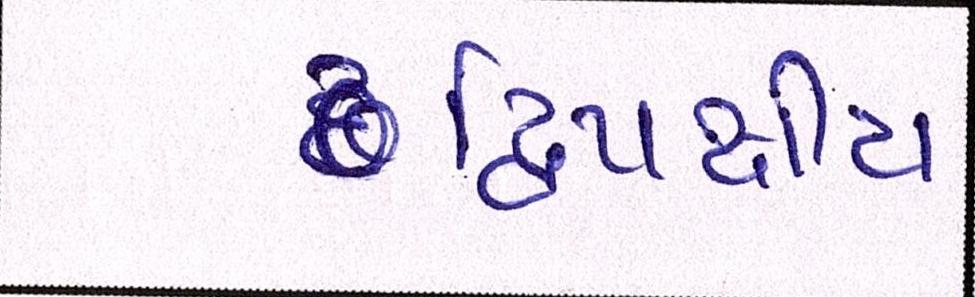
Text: દ્વિપક્ષીય